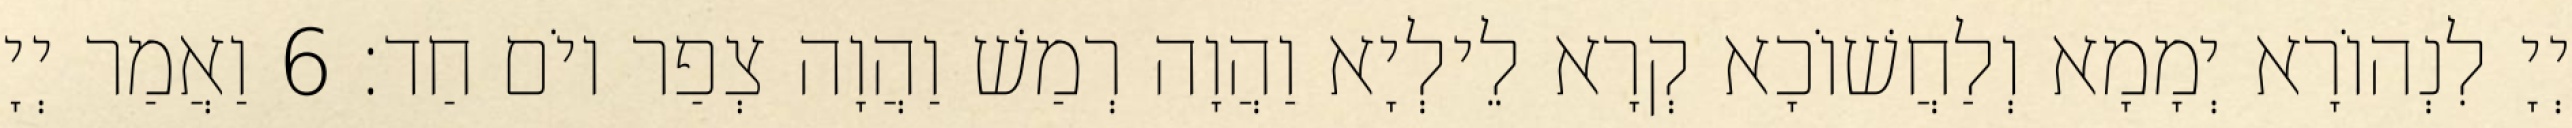
יְיָ לִנְהוֹרָא יְמָמָא וְלַחֲשׁוֹכָא קְרָא לֵילְיָא וַהֲוָה רְמַשׁ וַהֲוָה צְפַר יוֹם חַד׃ 6 וַאֲמַר יְיָ